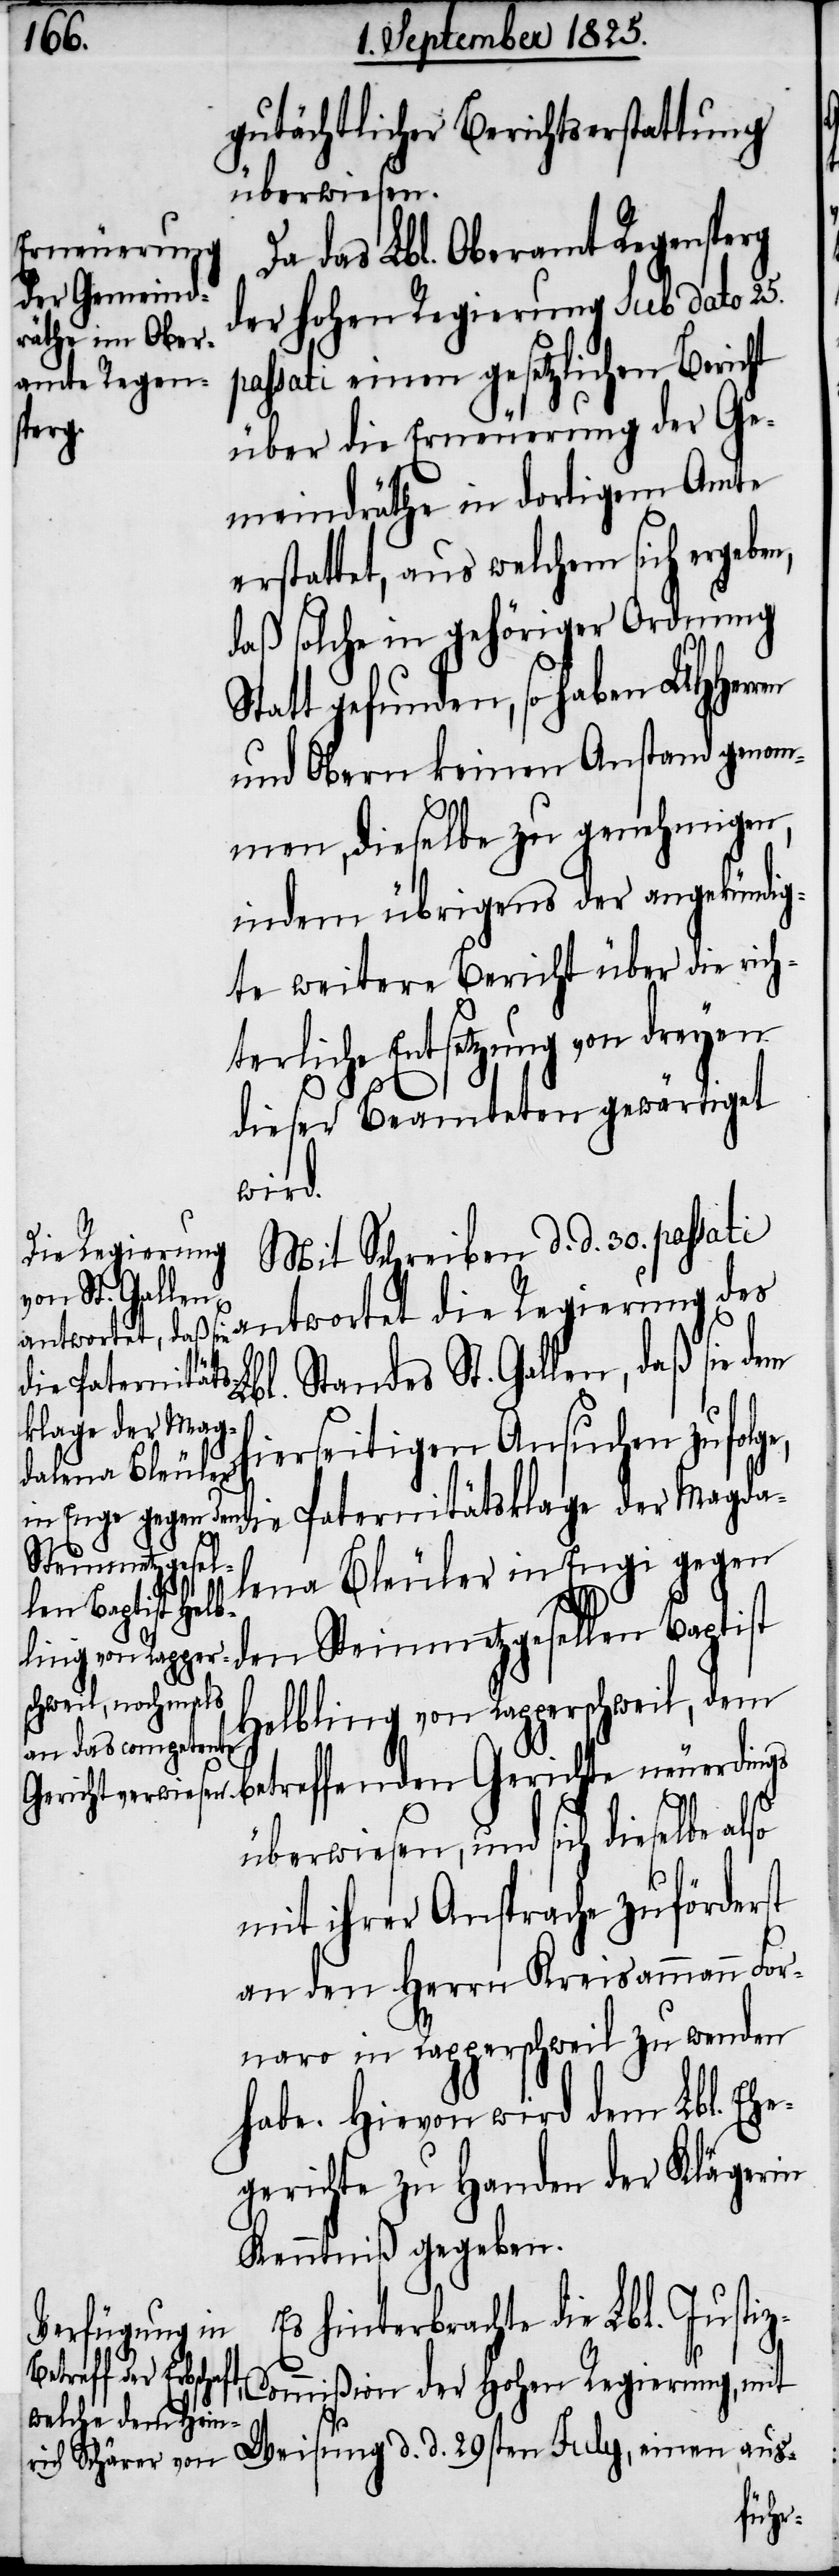
gutächtlicher Berichtserstattung
überwiesen.
Da das Lbl. Oberamt Regensperg
der hohen Regierung sub dato 25.
passati einen gesetzlichen Bericht
z-C¬
über die Erneuerung der Ge¬
meindräthe in dortigem Amte
erstattet, aus welchem sich erge¬
daß solche in gehöriger Ordnung
t gefunden, so haben UHHerr¬
und Obern keinen Anstand genom¬
men, dieselbe zu genehmigen,
indem übrigens der angekündig¬
te weitere Bericht über die rich¬
terliche Entsetzung von dreyen
dieser Beamteten gewärtiget
wird.
Mit Schreiben d. d. 30. passati
die Regierung
Standes St. Gallen, daß sie dem
die Paternitäts¬
klage der Magd¬
hierseitigen Ansuchen zufolge,
Steinmetzgesel¬
alena Bleuler in Engi gegen
len Baptist
Helbling von Rapperschweil, dem
überwiesen, und sich dieselbe also
mit ihrer Ansprache zuförderst
an den Herrn Kreisammann For¬
naro in Rapperschweil zu wenden
habe. Hievon wird dem Lbl. Ehre¬
ngericht zu Handen der Klägerin
Kenntniß gegeben.
Es hinterbrachte die Lbl. Justi¬
einen aus-
ommißion der hohen Regierung, mit